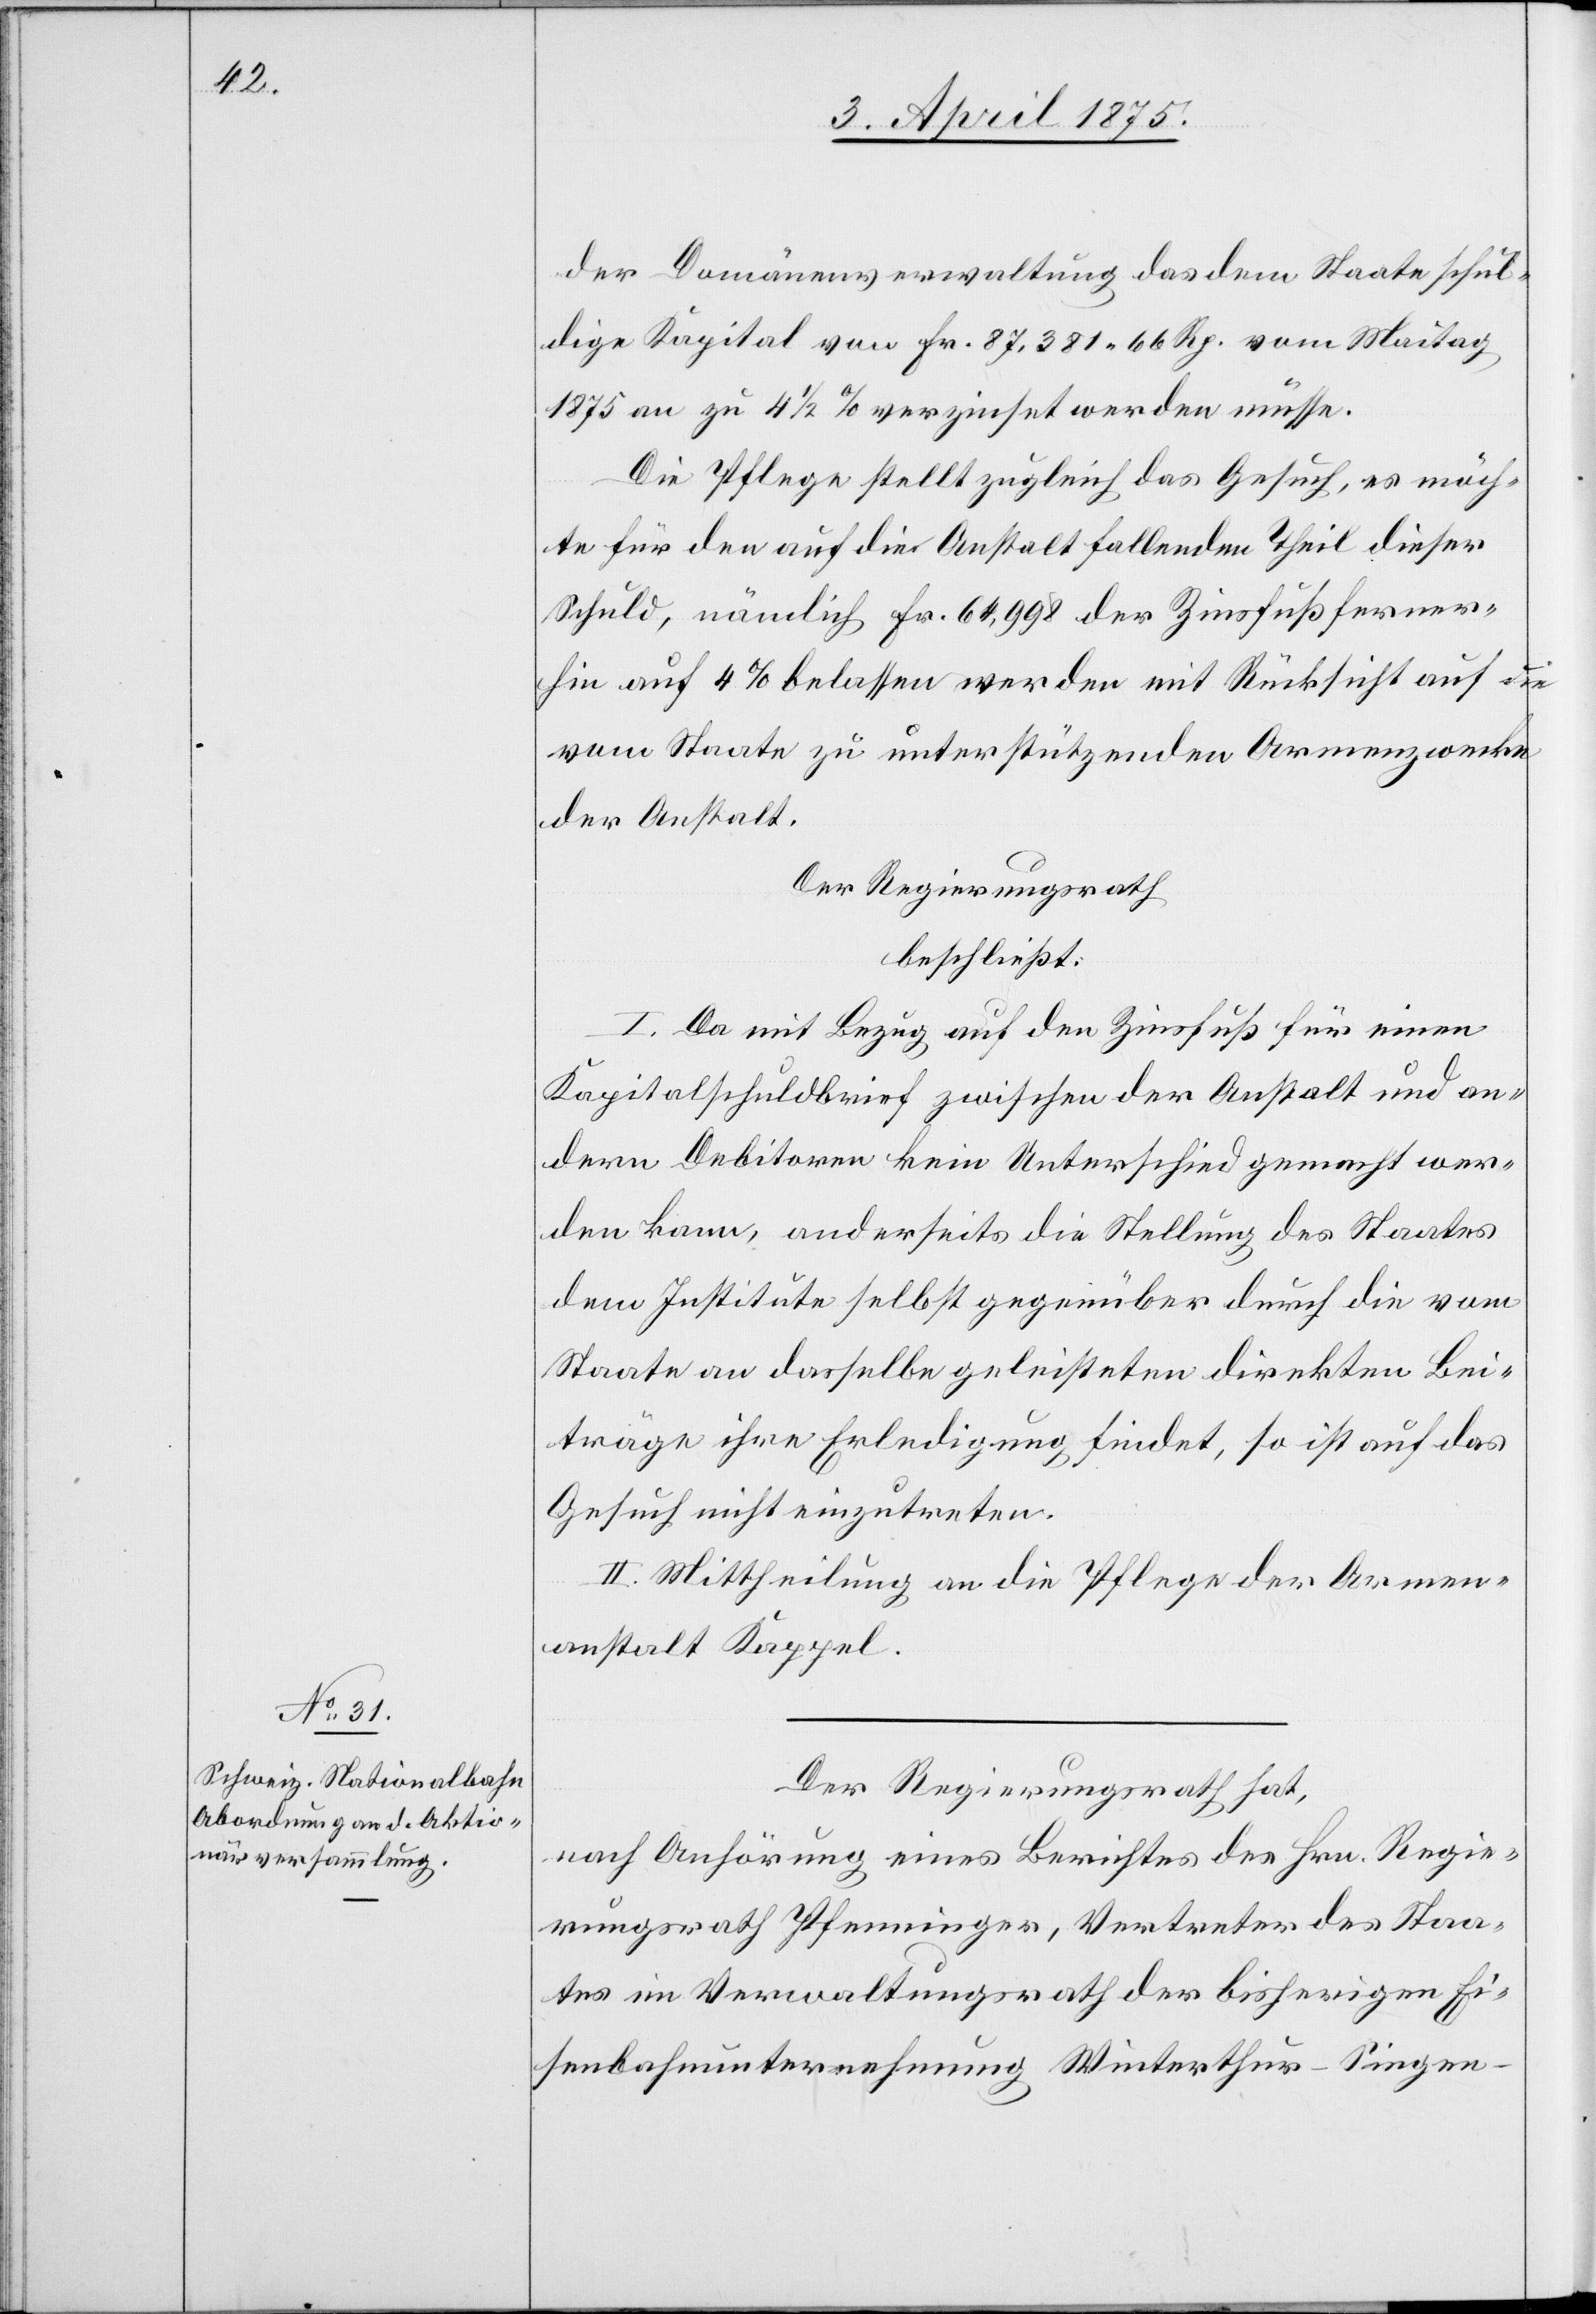
der Domänenverwaltung das dem Staate schul¬
dige Kapital von Fr. 87,381 66 Rp. vom Maitag
1875 an zu 4 1/2% verzinset werden müsse.
Die Pflege stellt zugleich das Gesuch, es möch¬
te für den auf die Anstalt fallenden Theil dieser
Schuld, nämlich Fr. 64,998 der Zinsfuß ferner¬
hin auf 4% belassen werden mit Rücksicht auf die
vom Staate zu unterstützenden Armenzwecke
der Anstalt.
Der Regierungsrath
beschließt:
I. Da mit Bezug auf den Zinsfuß für einen
Kapitalschuldbrief zwischen der Anstalt und an¬
dern Debitoren kein Unterschied gemacht wer¬
den kann, anderseits die Stellung des Staates
dem Institute selbst gegenüber durch die vom
Staate an dasselbe geleisteten direkten Bei¬
träge ihre Erledigung findet, so ist auf das
Gesuch nicht einzutreten.
II. Mittheilung an die Pflege der Armen¬
anstalt Kappel.
Der Regierungsrath hat,
nach Anhörung eines Berichtes des Hrn. Regie¬
rungsrath Pfenninger, Vertreter des Staa¬
tes im Verwaltungsrath der bisherigen Ei¬
senbahnunternehmung Winterthur–Singen–